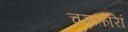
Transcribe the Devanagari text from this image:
चमत्कारेां